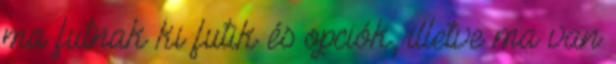
ma futnak ki futik és opciók, illetve ma van